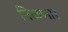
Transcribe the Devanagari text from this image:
निळणार